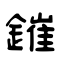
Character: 鏙